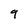
Character: 9